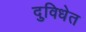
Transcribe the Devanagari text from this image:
दुविधेत